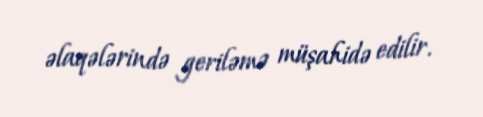
əlaqələrində geriləmə müşahidə edilir.